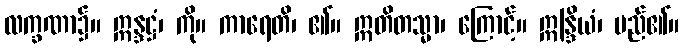
လက္ခဏာ၌။ ဣန္ဒဋ္ဌံ၊ ကို။ ကာရေတိ၊ ၏။ ဣတိတသ္မာ၊ ကြောင့်။ ဣန္ဒြိယံ၊ မည်၏။